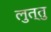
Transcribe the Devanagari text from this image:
लुत्तु